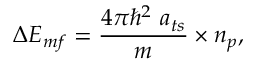
\Delta E _ { m f } = \frac { 4 \pi \hbar ^ { 2 } \ a _ { t s } } { m } \times n _ { p } ,